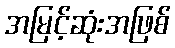
အမြင့်ဆုံးအဖြစ်